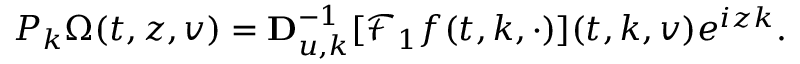
\begin{array} { r } { P _ { k } \Omega ( t , z , v ) = \mathbf { D } _ { u , k } ^ { - 1 } [ \mathcal { F } _ { 1 } f ( t , k , \cdot ) ] ( t , k , v ) e ^ { i z k } . } \end{array}